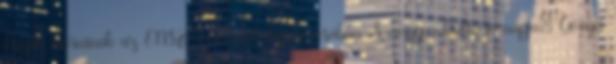
Észak-Koreának az ENSZ-szankciók kijátszásában A magyar kultúra napja: Görgei